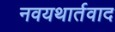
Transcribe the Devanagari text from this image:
नवयथार्तवाद